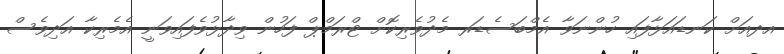
އދއަށް ކަނޑައަޅާފައި ހުންނަވާ އެމްބަސެޑަރ މެދުވެރިކޮށް ޓްރަމްޕް ފަހުން ވިދާޅުވެފައިވަނީ އެމެރިކާ އަދިވެސް